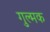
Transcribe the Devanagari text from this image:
गुल्मक